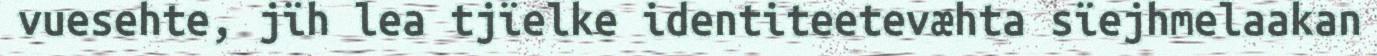
vuesehte, jïh lea tjïelke identiteetevæhta sïejhmelaakan